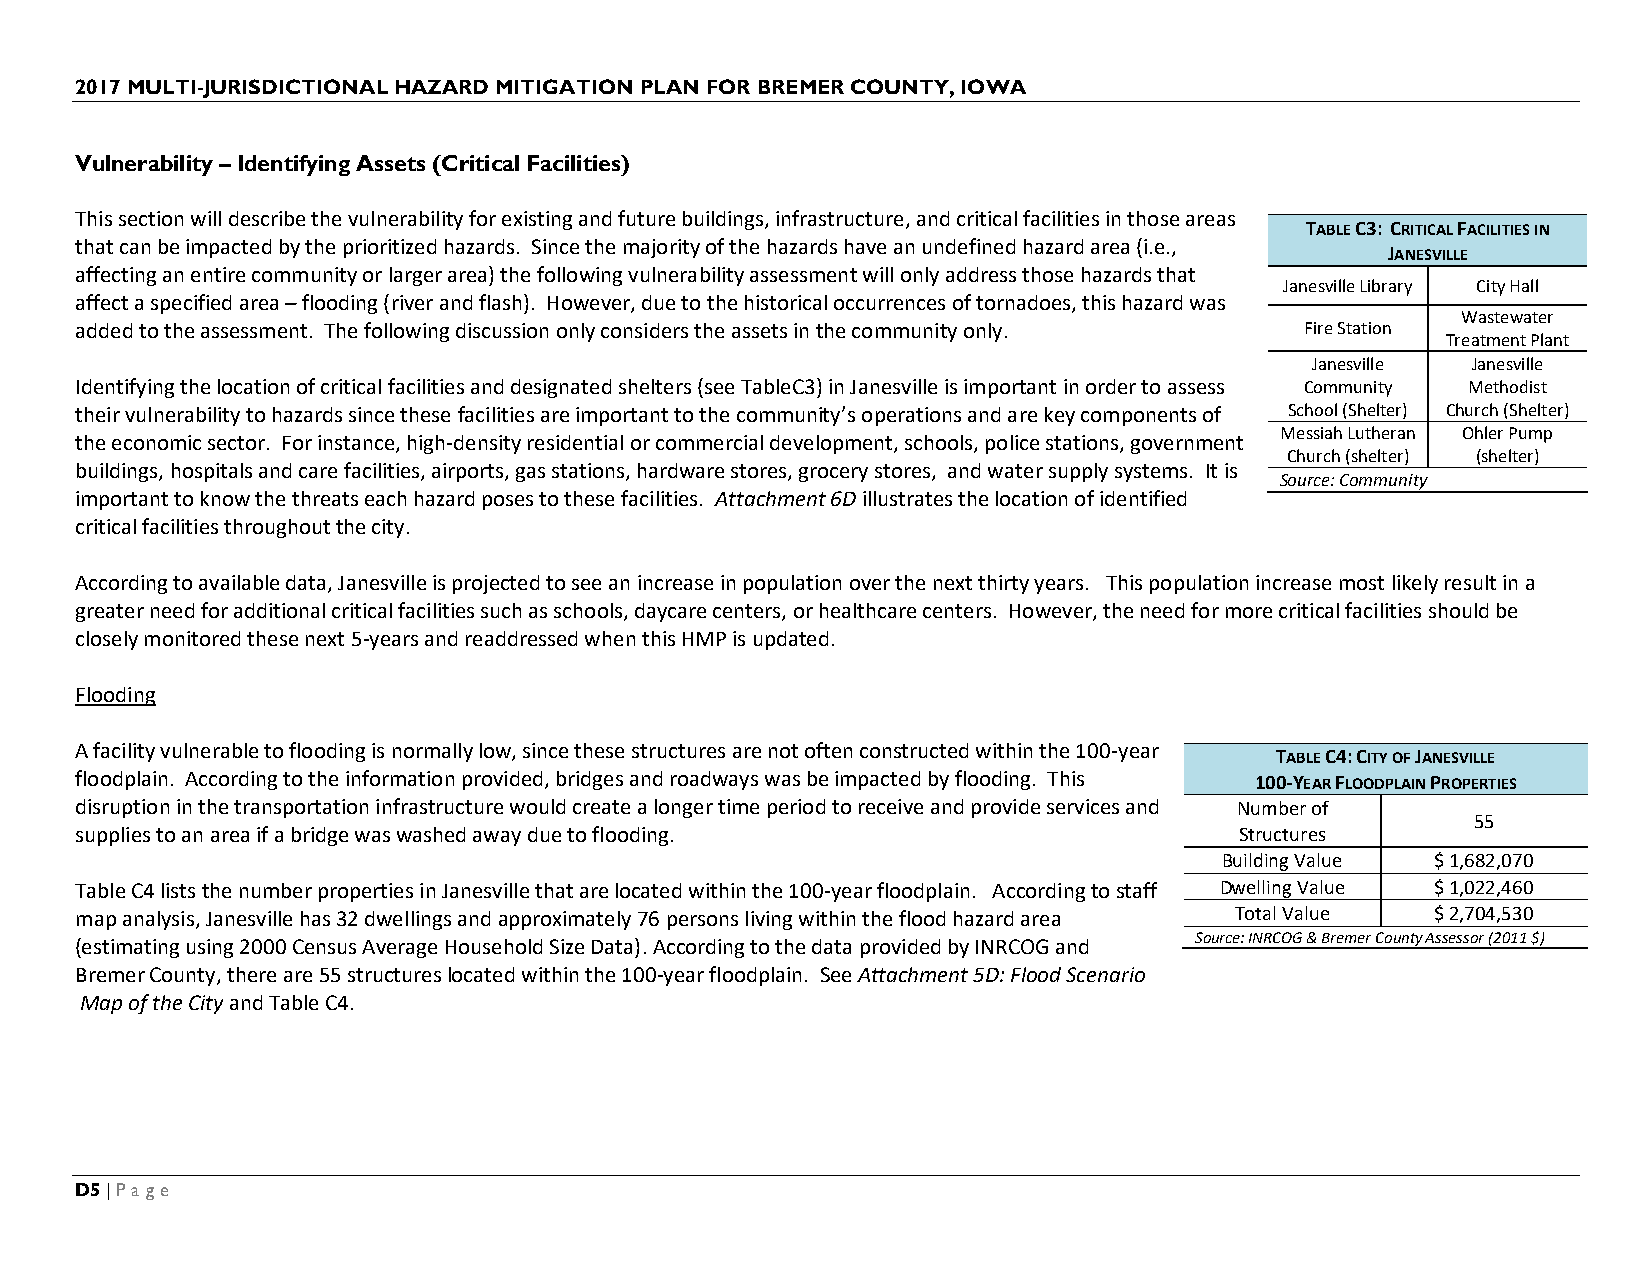
2017 MULTI-JURISDICTIONAL HAZARD MITIGATION PLAN FOR BREMER COUNTY, IOWA
 Vulnerability – Identifying Assets (Critical Facilities)
 This section will describe the vulnerability for existing and future buildings, infrastructure, and critical facilities in those areas
 TABLE C3: CRITICAL FACILITIES IN
 that can be impacted by the prioritized hazards. Since the majority of the hazards have an undefined hazard area (i.e.,
 JANESVILLE
 affecting an entire community or larger area) the following vulnerability assessment will only address those hazards that
 Janesville Library City Hall
 affect a specified area – flooding (river and flash). However, due to the historical occurrences of tornadoes, this hazard was
 Wastewater
 added to the assessment. The following discussion only considers the assets in the community only. Fire Station
 Treatment Plant
 Janesville Janesville
 Identifying the location of critical facilities and designated shelters (see TableC3) in Janesville is important in order to assess Community Methodist
 their vulnerability to hazards since these facilities are important to the community’s operations and are key components of School (Shelter) Church (Shelter)
 Messiah Lutheran Ohler Pump
 the economic sector. For instance, high-density residential or commercial development, schools, police stations, government
 Church (shelter) (shelter)
 buildings, hospitals and care facilities, airports, gas stations, hardware stores, grocery stores, and water supply systems. It is
 Source: Community
 important to know the threats each hazard poses to these facilities. Attachment 6D illustrates the location of identified
 critical facilities throughout the city.
 According to available data, Janesville is projected to see an increase in population over the next thirty years. This population increase most likely result in a
 greater need for additional critical facilities such as schools, daycare centers, or healthcare centers. However, the need for more critical facilities should be
 closely monitored these next 5-years and readdressed when this HMP is updated.
 Flooding
 A facility vulnerable to flooding is normally low, since these structures are not often constructed within the 100-year
 TABLE C4: CITY OF JANESVILLE
 floodplain. According to the information provided, bridges and roadways was be impacted by flooding. This 100-YEAR FLOODPLAIN PROPERTIES
 disruption in the transportation infrastructure would create a longer time period to receive and provide services and Number of
 55
 supplies to an area if a bridge was washed away due to flooding.             Structures
 Building Value $ 1,682,070
 Table C4 lists the number properties in Janesville that are located within the 100-year floodplain. According to staff Dwelling Value $ 1,022,460
 map analysis, Janesville has 32 dwellings and approximately 76 persons living within the flood hazard area Total Value $ 2,704,530
 Source: INRCOG & Bremer County Assessor (2011 $)
 (estimating using 2000 Census Average Household Size Data). According to the data provided by INRCOG and
 Bremer County, there are 55 structures located within the 100-year floodplain. See Attachment 5D: Flood Scenario
 Map of the City and Table C4.
 D5 | Page